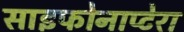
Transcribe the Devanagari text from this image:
साइफोनाप्टेरा